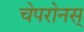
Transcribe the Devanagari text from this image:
चेपरोनस्